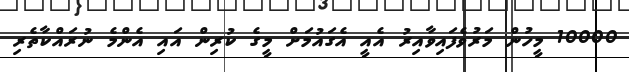
10000 މީހުން މަރުވެފައިވާއިރު އެއީ އެގައުމަށް މީގެ ކުރިން އައި އެންމެ ނުރައްކާތެރި